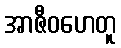
အာဇီဝဟေတူ